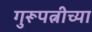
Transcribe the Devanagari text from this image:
गुरूपत्नीच्या